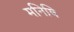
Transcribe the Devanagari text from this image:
मनिषि